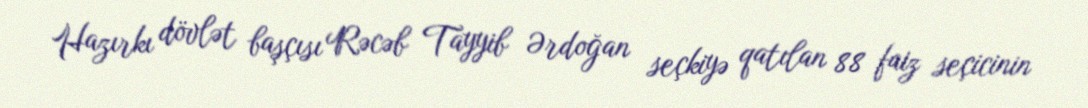
Hazırkı dövlət başçısı Rəcəb Tayyib Ərdoğan seçkiyə qatılan 88 faiz seçicinin